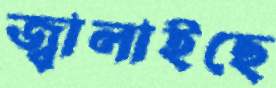
জ্বালাইছে